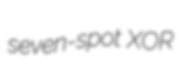
seven-spot XOR